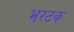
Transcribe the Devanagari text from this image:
भरटक